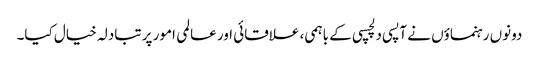
دونوں رہنماؤں نے آپسی دلچسپی کے باہمی، علاقائی اور عالمی امور پر تبادلہ خیال کیا۔